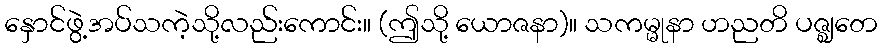
နှောင်ဖွဲ့အပ်သကဲ့သို့လည်းကောင်း။ (ဤသို့ ယောဇနာ)။ သကမ္မုနာ ဟညတိ ပဇ္ဈတေ